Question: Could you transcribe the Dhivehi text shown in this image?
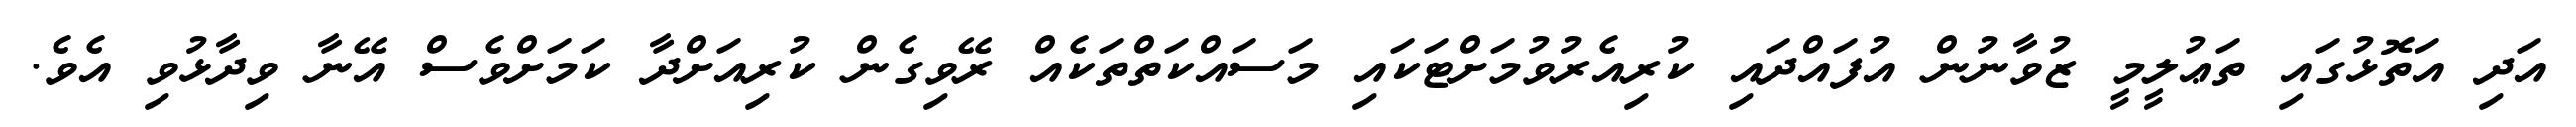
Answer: އަދި އަތޮޅުގައި ތަޢުލީމީ ޒުވާނުން އުފައްދައި ކުރިއެރުވުމަށްޓަކައި މަސައްކަތްތަކެއް ރޭވިގެން ކުރިއަށްދާ ކަމަށްވެސް އޭނާ ވިދާޅުވި އެވެ.